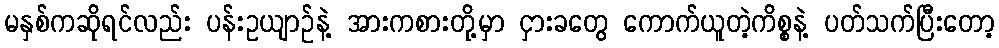
မနှစ်ကဆိုရင်လည်း ပန်းဥယျာဉ်နဲ့ အားကစားတို့မှာ ငှားခတွေ ကောက်ယူတဲ့ကိစ္စနဲ့ ပတ်သက်ပြီးတော့